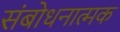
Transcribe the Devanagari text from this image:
संबोधनात्मक